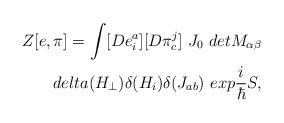
LaTeX: \begin{align*}Z[e,\pi ]=\int [De_{i}^{a}][D\pi _{c}^{j}]\ J_{0}\ detM_{\alpha \beta }\\delta (H_{\perp })\delta (H_{i})\delta (J_{ab})\ exp\frac{i}{\hbar }S,\end{align*}